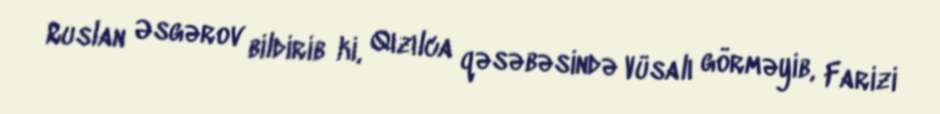
Ruslan Əsgərov bildirib ki, Qızılca qəsəbəsində Vüsalı görməyib, Farizi